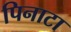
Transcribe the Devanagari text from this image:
पिनाटा